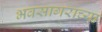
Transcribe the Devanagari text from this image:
भवसागराच्या